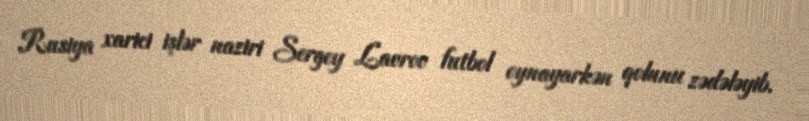
Rusiya xarici işlər naziri Sergey Lavrov futbol oynayarkən qolunu zədələyib.